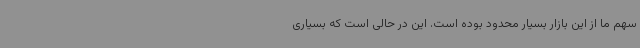
سهم ما از این بازار بسیار محدود بوده است. این در حالی است که بسیاری